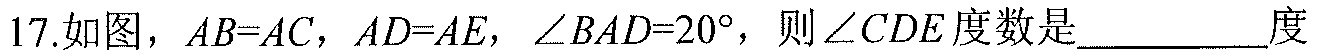
17.如图，\(AB = AC\)，\(AD = AE\)，\(\angle BAD = 20^{\circ}\)，则\(\angle CDE\)度数是  度